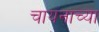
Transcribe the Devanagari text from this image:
चायनाच्या